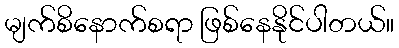
မျက်စိနောက်စရာ ဖြစ်နေနိုင်ပါတယ်။